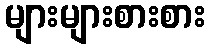
များများစားစား